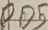
Text: PO5